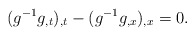
\begin{align*}(g^{-1}g_{,t})_{,t} - (g^{-1}g_{,x})_{,x} = 0. \end{align*}